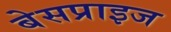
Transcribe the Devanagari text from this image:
बेसप्राइज